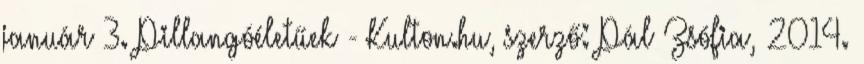
január 3. Pillangóéletűek - Kulton.hu, szerző: Pál Zsófia, 2014.